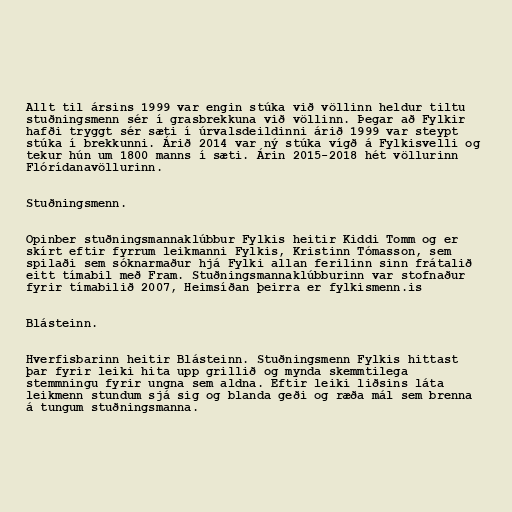
Allt til ársins 1999 var engin stúka við völlinn heldur tiltu
stuðningsmenn sér í grasbrekkuna við völlinn. Þegar að Fylkir
hafði tryggt sér sæti í úrvalsdeildinni árið 1999 var steypt
stúka í brekkunni. Árið 2014 var ný stúka vígð á Fylkisvelli og
tekur hún um 1800 manns í sæti. Árin 2015-2018 hét völlurinn
Flórídanavöllurinn.

Stuðningsmenn.

Opinber stuðningsmannaklúbbur Fylkis heitir Kiddi Tomm og er
skírt eftir fyrrum leikmanni Fylkis, Kristinn Tómasson, sem
spilaði sem sóknarmaður hjá Fylki allan ferilinn sinn frátalið
eitt tímabil með Fram. Stuðningsmannaklúbburinn var stofnaður
fyrir tímabilið 2007, Heimsíðan þeirra er fylkismenn.is

Blásteinn.

Hverfisbarinn heitir Blásteinn. Stuðningsmenn Fylkis hittast
þar fyrir leiki hita upp grillið og mynda skemmtilega
stemmningu fyrir ungna sem aldna. Eftir leiki liðsins láta
leikmenn stundum sjá sig og blanda geði og ræða mál sem brenna
á tungum stuðningsmanna.